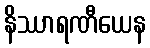
နိဿာရဏီယေန